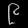
Digit: ၉